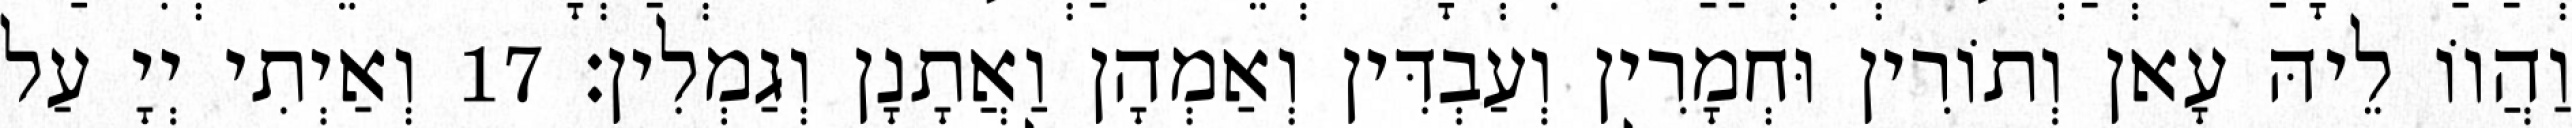
וַהֲווֹ לֵיהּ עָאן וְתוֹרִין וּחְמָרִין וְעַבְדִּין וְאַמְהָן וַאֲתָנָן וְגַמְלִין׃ 17 וְאַיְתִי יְיָ עַל